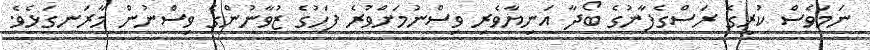
ނަމަވެސް ކުރީގެ ރަސްގެފާނުގެ ބޯދާ އަނިޔާވެރި ވިސްނުމަށްވުރެ ފަހުގެ ޒުވާނުންގެ ވިސްނުން މާރަނގަޅެވެ.